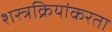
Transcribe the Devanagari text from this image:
शस्त्रक्रियांकरता